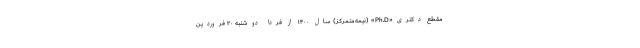
مقطع دکتری«Ph.D» (نیمه‌متمرکز) سال ۱۴۰۰ از فردا دوشنبه ۳۰ فروردین